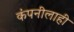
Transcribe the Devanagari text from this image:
कंपनीलाही